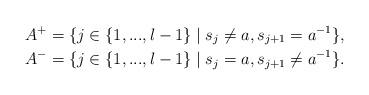
LaTeX: \begin{align*}A^+&=\{j\in \{1,...,l-1\}\mid s_j\neq a, s_{j+1}=a^{-1}\},\\A^-&=\{j\in \{1,...,l-1\}\mid s_j=a, s_{j+1}\neq a^{-1}\}.\end{align*}